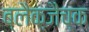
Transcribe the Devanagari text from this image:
ब्लैक्जैच्क